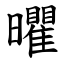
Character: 㬬